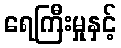
ရေကြီးမှုနှင့်